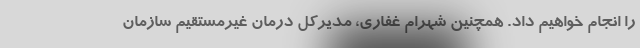
را انجام خواهیم داد. همچنین شهرام غفاری، مدیرکل درمان غیرمستقیم سازمان